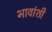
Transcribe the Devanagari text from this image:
भावांशी